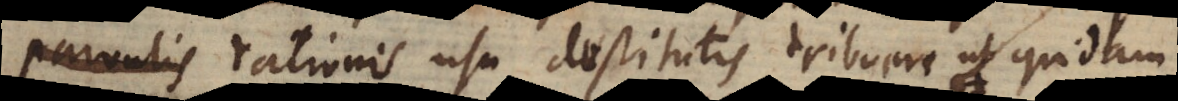
rationis usu destitutis tribuere ut quidam